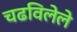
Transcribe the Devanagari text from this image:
चढविलेले